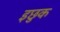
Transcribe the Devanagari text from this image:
इछुक